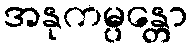
အနုကမ္ပန္တော